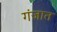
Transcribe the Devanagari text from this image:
गंजात